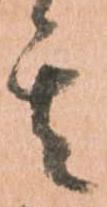
其